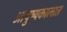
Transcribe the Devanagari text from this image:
आयुष्यकालात